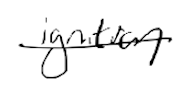
Text: ignition
Cross-out: single-line
Writing tool: digital_black